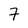
Character: 7